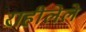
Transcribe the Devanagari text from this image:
राहीलेले